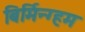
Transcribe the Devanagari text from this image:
बिर्मिन्ग्हम